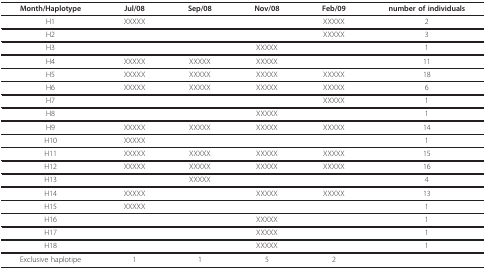
<table><thead><tr><td><b>Month/Haplotype</b></td><td><b>Jul/08</b></td><td><b>Sep/08</b></td><td><b>Nov/08</b></td><td><b>Feb/09</b></td><td><b>number of individuals</b></td></tr></thead><tbody><tr><td>H1</td><td>XXXXX</td><td></td><td></td><td>XXXXX</td><td>2</td></tr><tr><td>H2</td><td></td><td></td><td></td><td>XXXXX</td><td>3</td></tr><tr><td>H3</td><td></td><td></td><td>XXXXX</td><td></td><td>1</td></tr><tr><td>H4</td><td>XXXXX</td><td>XXXXX</td><td>XXXXX</td><td></td><td>11</td></tr><tr><td>H5</td><td>XXXXX</td><td>XXXXX</td><td>XXXXX</td><td>XXXXX</td><td>18</td></tr><tr><td>H6</td><td>XXXXX</td><td>XXXXX</td><td>XXXXX</td><td>XXXXX</td><td>6</td></tr><tr><td>H7</td><td></td><td></td><td></td><td>XXXXX</td><td>1</td></tr><tr><td>H8</td><td></td><td></td><td>XXXXX</td><td></td><td>1</td></tr><tr><td>H9</td><td>XXXXX</td><td>XXXXX</td><td>XXXXX</td><td>XXXXX</td><td>14</td></tr><tr><td>H10</td><td>XXXXX</td><td></td><td></td><td></td><td>1</td></tr><tr><td>H11</td><td>XXXXX</td><td>XXXXX</td><td>XXXXX</td><td>XXXXX</td><td>15</td></tr><tr><td>H12</td><td>XXXXX</td><td>XXXXX</td><td>XXXXX</td><td>XXXXX</td><td>16</td></tr><tr><td>H13</td><td></td><td>XXXXX</td><td></td><td></td><td>4</td></tr><tr><td>H14</td><td>XXXXX</td><td></td><td>XXXXX</td><td>XXXXX</td><td>13</td></tr><tr><td>H15</td><td>XXXXX</td><td></td><td></td><td></td><td>1</td></tr><tr><td>H16</td><td></td><td></td><td>XXXXX</td><td></td><td>1</td></tr><tr><td>H17</td><td></td><td></td><td>XXXXX</td><td></td><td>1</td></tr><tr><td>H18</td><td></td><td></td><td>XXXXX</td><td></td><td>1</td></tr><tr><td>Exclusive haplotipe</td><td>1</td><td>1</td><td>5</td><td>2</td><td></td></tr></tbody></table>